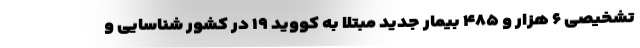
تشخیصی ۶ هزار و ۴۸۵ بیمار جدید مبتلا به کووید ۱۹ در کشور شناسایی و